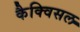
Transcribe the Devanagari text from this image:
कैक्विसल